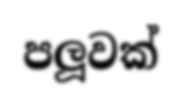
පලූවක්